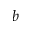
b